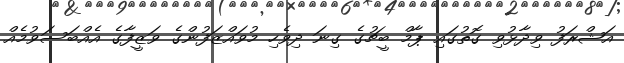
އަޝްރަފު ވިދާޅުވި ގޮތުގައި ޕާމް ބީޗުގެ ގިނަ ދިވެހި މުވައްޒަފުންގެ ވަޒީފާގެ އެއްބަސަވުމެއް